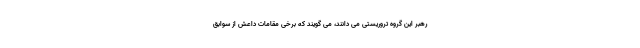
رهبر این گروه تروریستی می دانند، می گویند که برخی مقامات داعش از سوابق